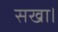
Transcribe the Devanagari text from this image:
सखा।